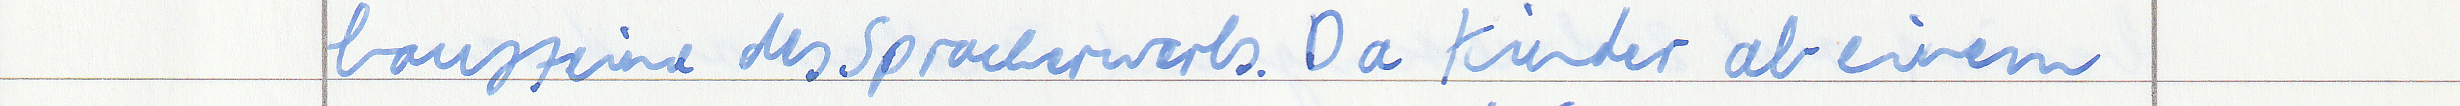
bausteine des Spracherwerbs. Da Kinder ab einem